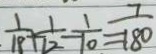
\frac { 1 } { 1 8 } + \frac { 1 } { 1 2 } - \frac { 1 } { 1 0 } = \frac { 7 } { 1 8 0 }